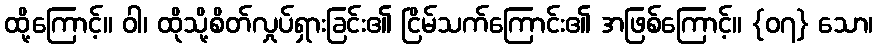
ထို့ကြောင့်။ ဝါ၊ ထိုသို့စိတ်လှုပ်ရှားခြင်း၏ ငြိမ်သက်ကြောင်း၏ အဖြစ်ကြောင့်။ {၀၇} သော၊